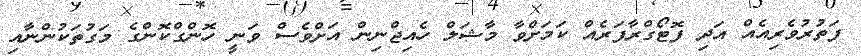
ފަތުރުވެރިއެއް އަދި ފޮޓޯގްރާފަރެއް ކަމަށްވާ މާޝަލް ހެއިޖްނިން އަށްވެސް ވަނީ ހޮންގްކޮންގެ މަގުތަކުންނާއި